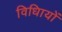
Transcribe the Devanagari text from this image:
विधिायों